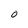
Character: 0